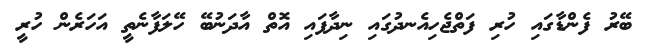
ބޭރު ފެންޑާގައި ހުރި ފަތްޖެހިއެނދުގައި ނިދާފައި އޮތް އާދަނުބޭ ހޭލަފާނެތީ އަހަރެން ހުރީ